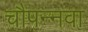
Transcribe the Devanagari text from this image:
चौपन्नवा